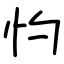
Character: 㣿